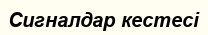
Сигналдар кестесі